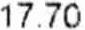
17.70